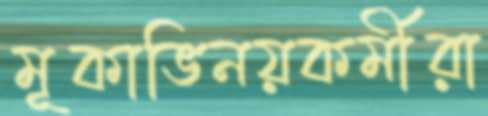
মূকাভিনয়কর্মীরা